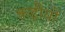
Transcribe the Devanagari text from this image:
कड़ीयों